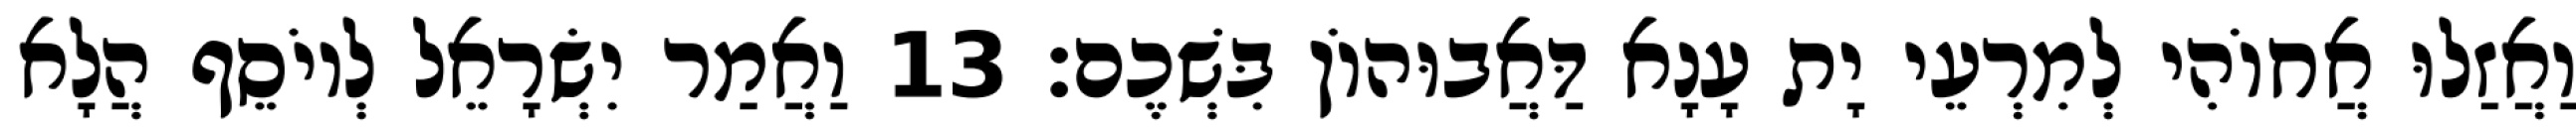
וַאֲזַלוּ אֲחוֹהִי לְמִרְעֵי יָת עָנָא דַּאֲבוּהוֹן בִּשְׁכֶם׃ 13 וַאֲמַר יִשְׂרָאֵל לְיוֹסֵף הֲלָא